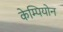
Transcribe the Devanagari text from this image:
केम्पियोन